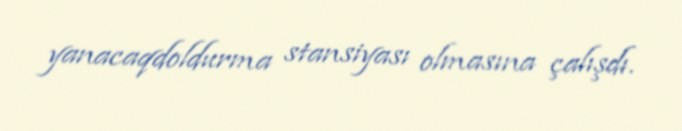
yanacaqdoldurma stansiyası olmasına çalışdı.